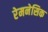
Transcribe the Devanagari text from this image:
रेमनेसिक